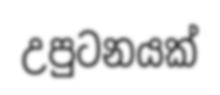
උපුටනයක්